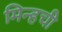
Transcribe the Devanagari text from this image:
मिन्हची